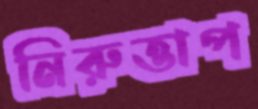
নিরুত্তাপ